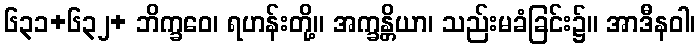
၆၃၁+၆၃၂+ ဘိက္ခဝေ၊ ရဟန်းတို့။ အက္ခန္တိယာ၊ သည်းမခံခြင်း၌။ အာဒီနဝါ၊